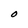
Character: O